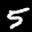
Label: 5